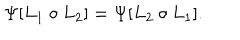
\Psi [ L _ { 1 } \circ L _ { 2 } ] = \Psi [ L _ { 2 } \circ L _ { 1 } ] .